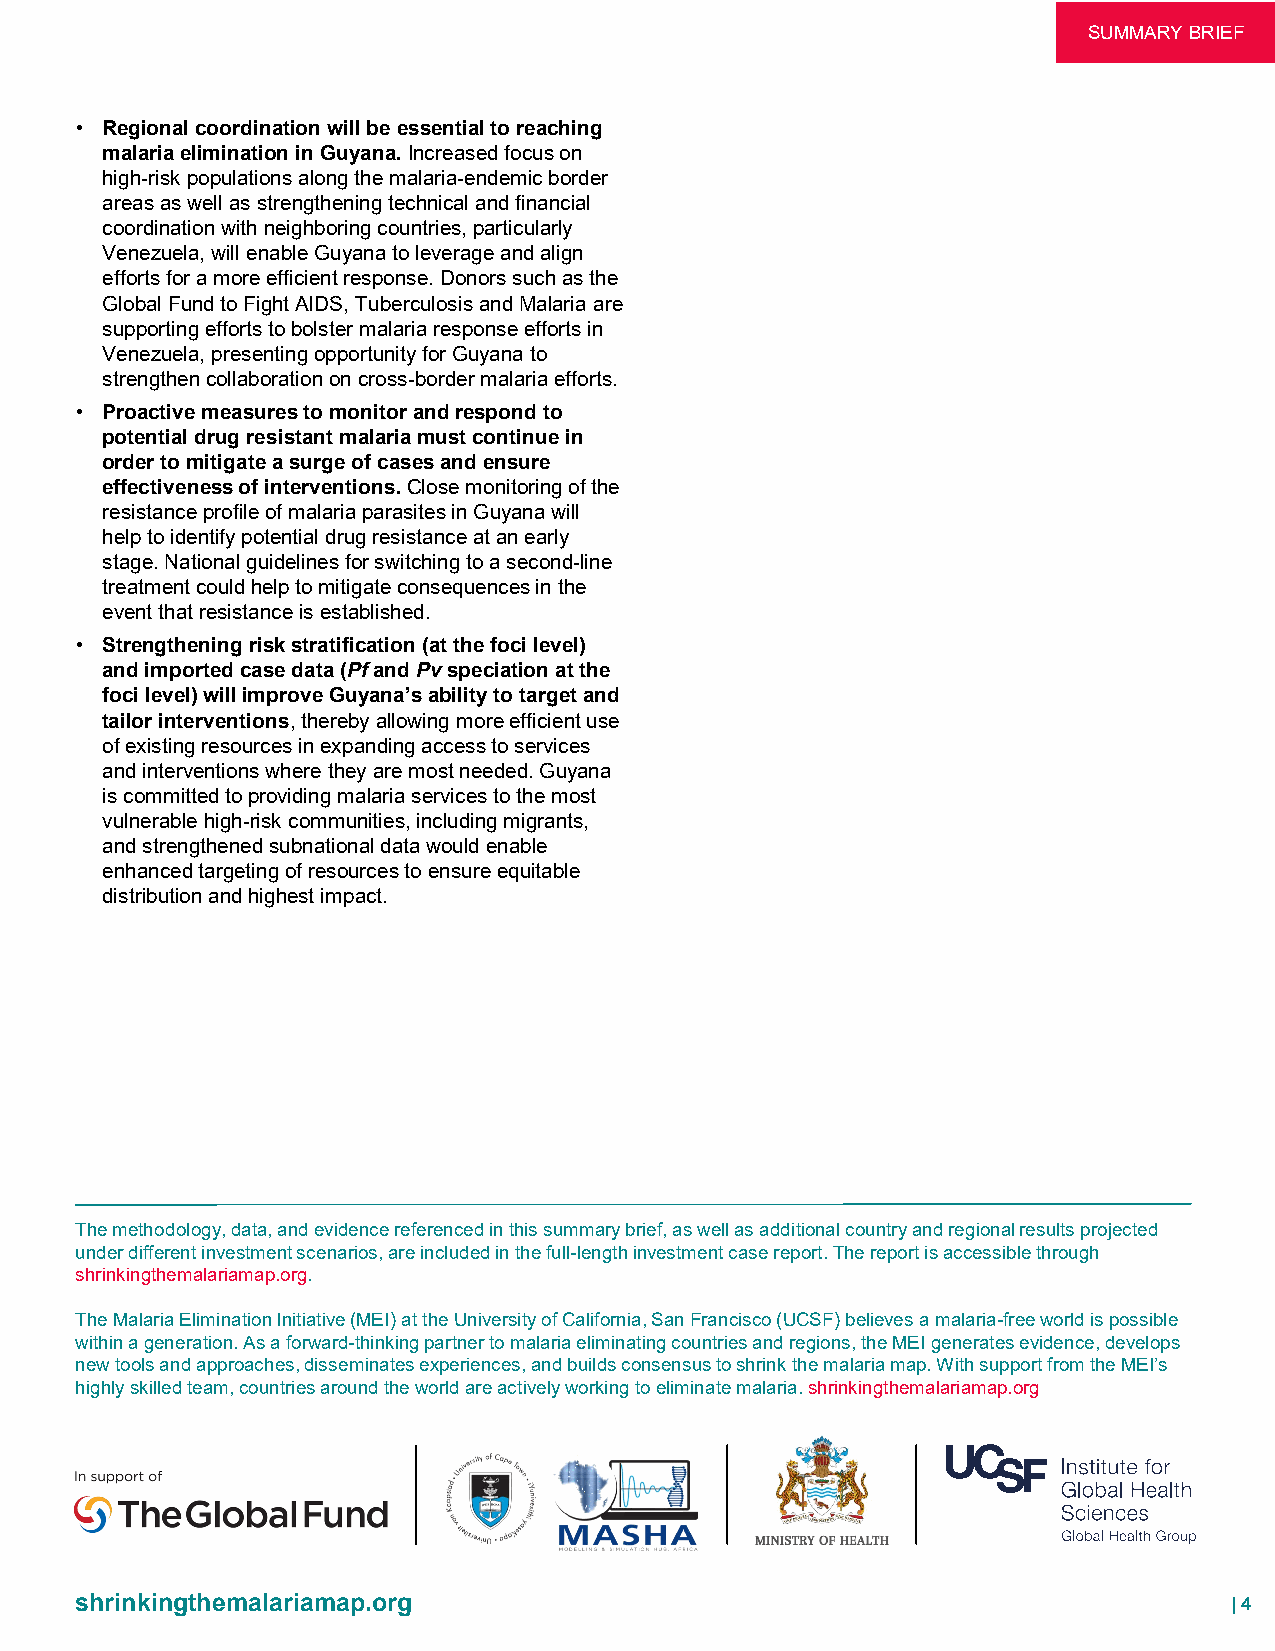
ASDUVMOMCAARCYY BBRRIIEEFF
 • Regional coordination will be essential to reaching
 malaria elimination in Guyana.Increased focus on
 high-risk populations along the malaria-endemic border
 areas as well as strengthening technical and financial
 coordination with neighboring countries, particularly
 Venezuela, will enable Guyana to leverage and align
 efforts for a more efficient response. Donors such as the
 Global Fund to Fight AIDS, Tuberculosis and Malaria are
 supporting efforts to bolster malaria response efforts in
 Venezuela, presenting opportunity for Guyana to
 strengthen collaboration on cross-border malaria efforts.
 • Proactive measures to monitor and respond to
 potential drug resistant malaria must continue in
 order to mitigate a surge of cases and ensure
 effectiveness of interventions.Close monitoring of the
 resistance profile of malaria parasites in Guyana will
 help to identify potential drug resistance at an early
 stage. National guidelines for switching to a second-line
 treatment could help to mitigate consequences in the
 event that resistance is established.
 • Strengthening risk stratification (at the foci level)
 and imported case data (Pfand Pvspeciation at the
 foci level) will improve Guyana’s ability to target and
 tailor interventions, thereby allowing more efficient use
 of existing resources in expanding access to services
 and interventions where they are most needed. Guyana
 is committed to providing malaria services to the most
 vulnerable high-risk communities, including migrants,
 and strengthened subnational data would enable
 enhanced targeting of resources to ensure equitable
 distribution and highest impact.
 The methodology, data, and evidence referenced in this summary brief, as well as additional country and regional results projected
 under different investment scenarios, are included in the full-length investment case report. The report is accessible through
 shrinkingthemalariamap.org.
 The Malaria Elimination Initiative (MEI) at the University of California, San Francisco (UCSF) believes a malaria-free world is possible
 within a generation. As a forward-thinking partner to malaria eliminating countries and regions, the MEI generates evidence, develops
 new tools and approaches, disseminates experiences, and builds consensus to shrink the malaria map. With support from the MEI’s
 highly skilled team, countries around the world are actively working to eliminate malaria. shrinkingthemalariamap.org
 shrinkingthemalariamap.org                                                  | 4